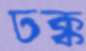
ঢক্ক